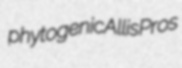
phytogenic Allis Pros